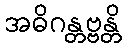
အဓိဂန္တဗ္ဗန္တိ